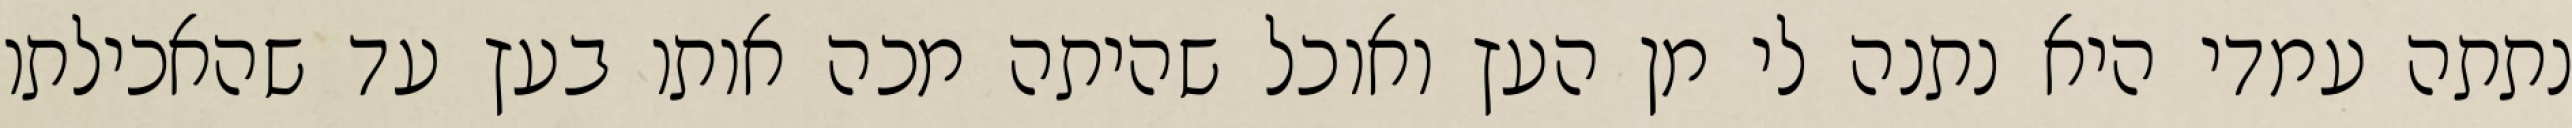
נתתה עמדי היא נתנה לי מן העץ ואוכל שהיתה מכה אותו בעץ עד שהאכילתו